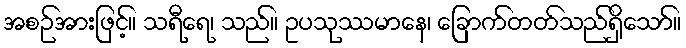
အစဉ်အားဖြင့်။ သရီရေ၊ သည်။ ဥပသုဿမာနေ၊ ခြောက်တတ်သည်ရှိသော်။